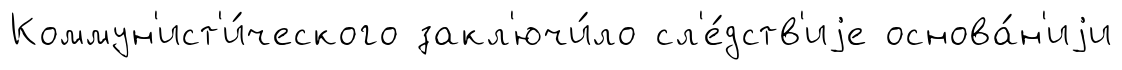
Коммун'ист'и́ческого закл'ючи́ло сл'е́дств'иjе основа́н'иjи